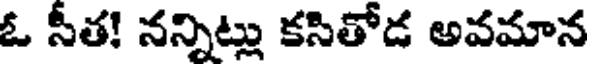
ఓ సీత! నన్నిట్లు కసితోడ అవమాన